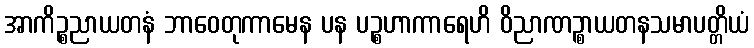
အာကိဉ္စညာယတနံ ဘာဝေတုကာမေန ပန ပဉ္စဟာကာရေဟိ ဝိညာဏဉ္စာယတနသမာပတ္တိယံ